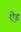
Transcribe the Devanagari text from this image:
ऐ़ड